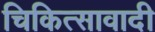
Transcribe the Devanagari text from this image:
चिकित्सावादी